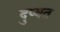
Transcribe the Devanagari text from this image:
दुष्यत